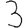
Digit: 3